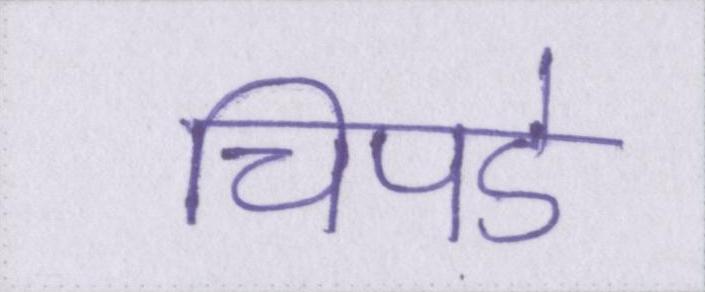
चिपडे